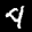
Label: 4